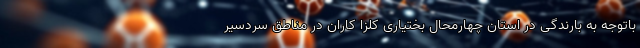
باتوجه به بارندگی در استان چهارمحال بختیاری کلزا کاران در مناطق سردسیر